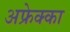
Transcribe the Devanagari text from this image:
अफ्रेक्का